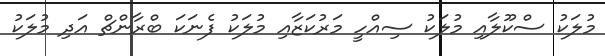
މުލަކު ސްކޫލާއި މުލަކު ސިއްހީ މަރުކަޒާއި މުލަކު ފެނަކަ ބްރާންޗް އަދި މުލަކު